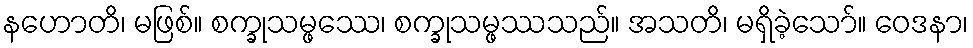
နဟောတိ၊ မဖြစ်။ စက္ခုသမ္ဖဿေ၊ စက္ခုသမ္ဖဿသည်။ အသတိ၊ မရှိခဲ့သော်။ ဝေဒနာ၊